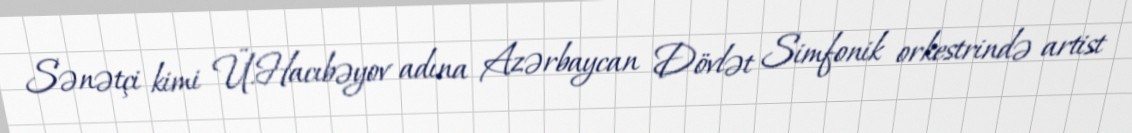
Sənətçi kimi Ü.Hacıbəyov adına Azərbaycan Dövlət Simfonik orkestrində artist